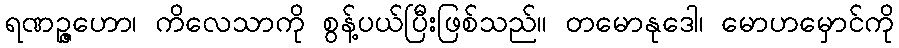
ရဏဉ္ဇဟော၊ ကိလေသာကို စွန့်ပယ်ပြီးဖြစ်သည်။ တမောနုဒေါ၊ မောဟမှောင်ကို